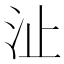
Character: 沚